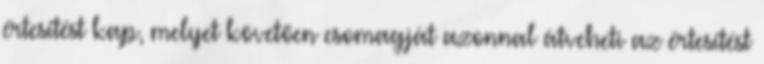
értesítést kap, melyet követően csomagját azonnal átveheti az értesítést